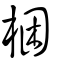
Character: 梱